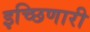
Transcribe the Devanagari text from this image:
इच्छिणारी